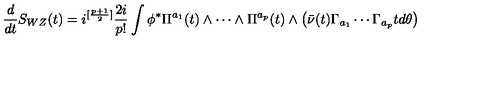
\frac { d } { d t } S _ { W Z } ( t ) = i ^ { [ \frac { p + 1 } { 2 } ] } \frac { 2 i } { p ! } \int \phi ^ { * } \Pi ^ { a _ { 1 } } ( t ) \wedge \cdots \wedge \Pi ^ { a _ { p } } ( t ) \wedge \left( \bar { \nu } ( t ) \Gamma _ { a _ { 1 } } \cdots \Gamma _ { a _ { p } } t d \theta \right)